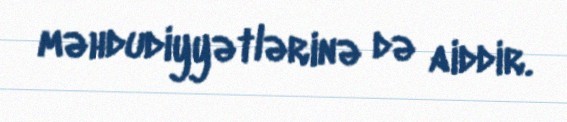
məhdudiyyətlərinə də aiddir.